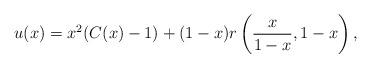
LaTeX: \begin{align*}u(x)=x^2(C(x)-1)+(1-x)r\left(\frac{x}{1-x},1-x\right),\end{align*}